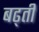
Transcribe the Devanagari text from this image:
बढ्ती